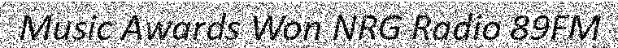
Music Awards Won NRG Radio 89FM